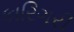
કારિગરી